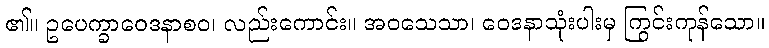
၏။ ဥပေက္ခာဝေဒနာစဝ၊ လည်းကောင်း။ အဝသေသာ၊ ဝေဒနာသုံးပါးမှ ကြွင်းကုန်သော။